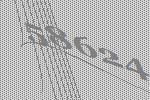
58624